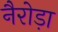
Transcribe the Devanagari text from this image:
नैरोड़ा